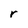
Character: r